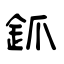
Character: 釽